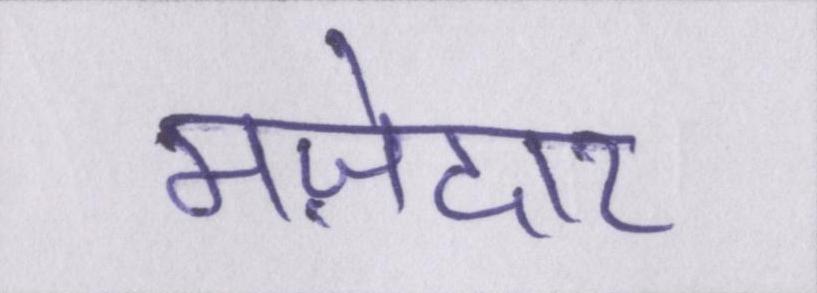
मज़ेदार